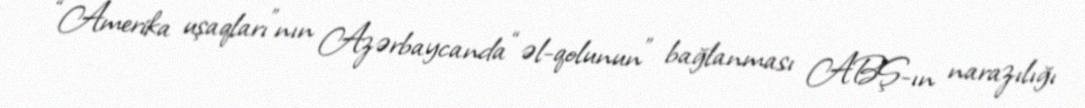
“Amerika uşaqları”nın Azərbaycanda “əl-qolunun” bağlanması ABŞ-ın narazılığı